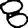
Digit: 8